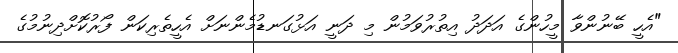
"އެހީ ބޭނުންވާ މީހުންގެ އަދަދު އިތުރުވަމުން މި ދަނީ އަޅުގަނޑުމެންނަށް އެހީތެރިކަން ފޯރުކޮށްދިނުމުގެ